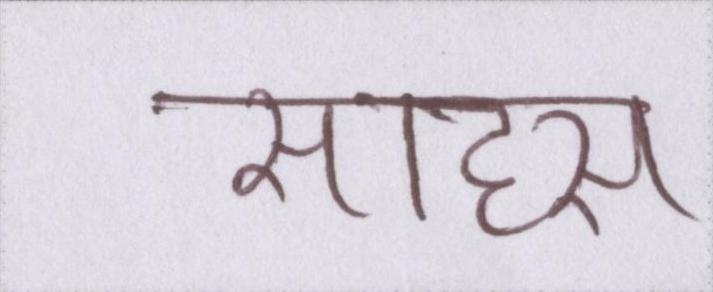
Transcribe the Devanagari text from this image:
साहस